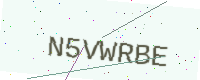
Text: N5VWRBE